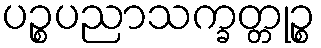
ပဉ္စပညာသက္ခတ္တုဉ္စ